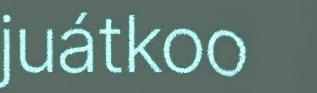
juátkoo